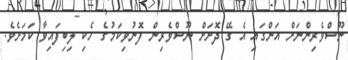
ނޫސްވެރިންނަށް އަންގައި އެ ގޭ ދޮށަށް ނޫސްވެރިން ފޮނުވިކަމުގެ ހެކި ލިބިފައިވާ ކަމަށެވެ.